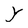
Character: Y